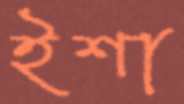
ইশা